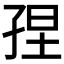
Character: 𡥴